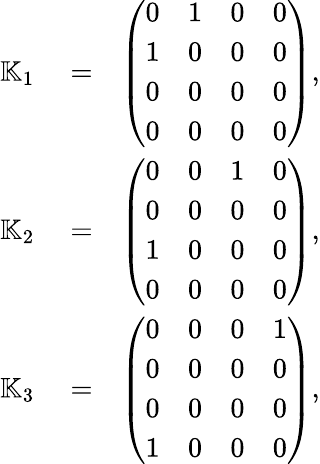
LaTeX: \begin{array}{rlr}{{\mathbb K}_{1}}&{{}=}&{\left(\begin{array}{rrrr}{0}&{1}&{0}&{0}\\ {1}&{0}&{0}&{0}\\ {0}&{0}&{0}&{0}\\ {0}&{0}&{0}&{0}\end{array}\right),}\\ {{\mathbb K}_{2}}&{{}=}&{\left(\begin{array}{rrrr}{0}&{0}&{1}&{0}\\ {0}&{0}&{0}&{0}\\ {1}&{0}&{0}&{0}\\ {0}&{0}&{0}&{0}\end{array}\right),}\\ {{\mathbb K}_{3}}&{{}=}&{\left(\begin{array}{rrrr}{0}&{0}&{0}&{1}\\ {0}&{0}&{0}&{0}\\ {0}&{0}&{0}&{0}\\ {1}&{0}&{0}&{0}\end{array}\right),}\end{array}